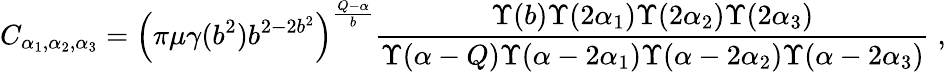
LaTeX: C_{\alpha_{1},\alpha_{2},\alpha_{3}}=\left(\pi\mu\gamma(b^{2})b^{2-2b^{2}}\right)^{\frac{Q-\alpha}{b}}\frac{\Upsilon(b)\Upsilon(2\alpha_{1})\Upsilon(2\alpha_{2})\Upsilon(2\alpha_{3})}{\Upsilon(\alpha-Q)\Upsilon(\alpha-2\alpha_{1})\Upsilon(\alpha-2\alpha_{2})\Upsilon(\alpha-2\alpha_{3})}\; ,